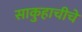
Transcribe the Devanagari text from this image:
साकुहाचीचे